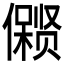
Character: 𱏛